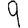
Digit: 9